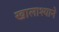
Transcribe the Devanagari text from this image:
खालाश्याने